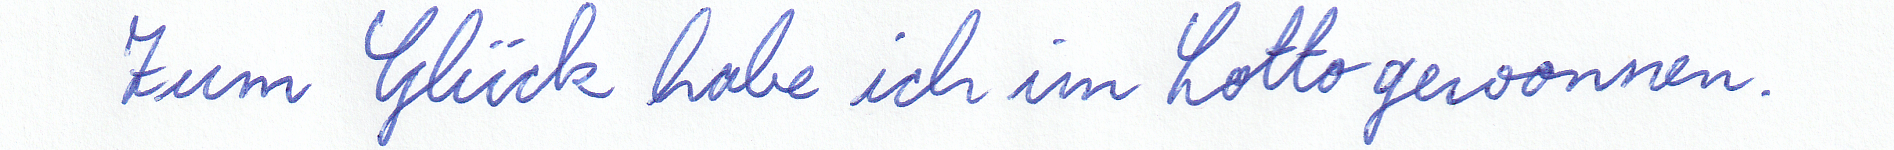
Zum Glück habe ich im Lotto gewonnen